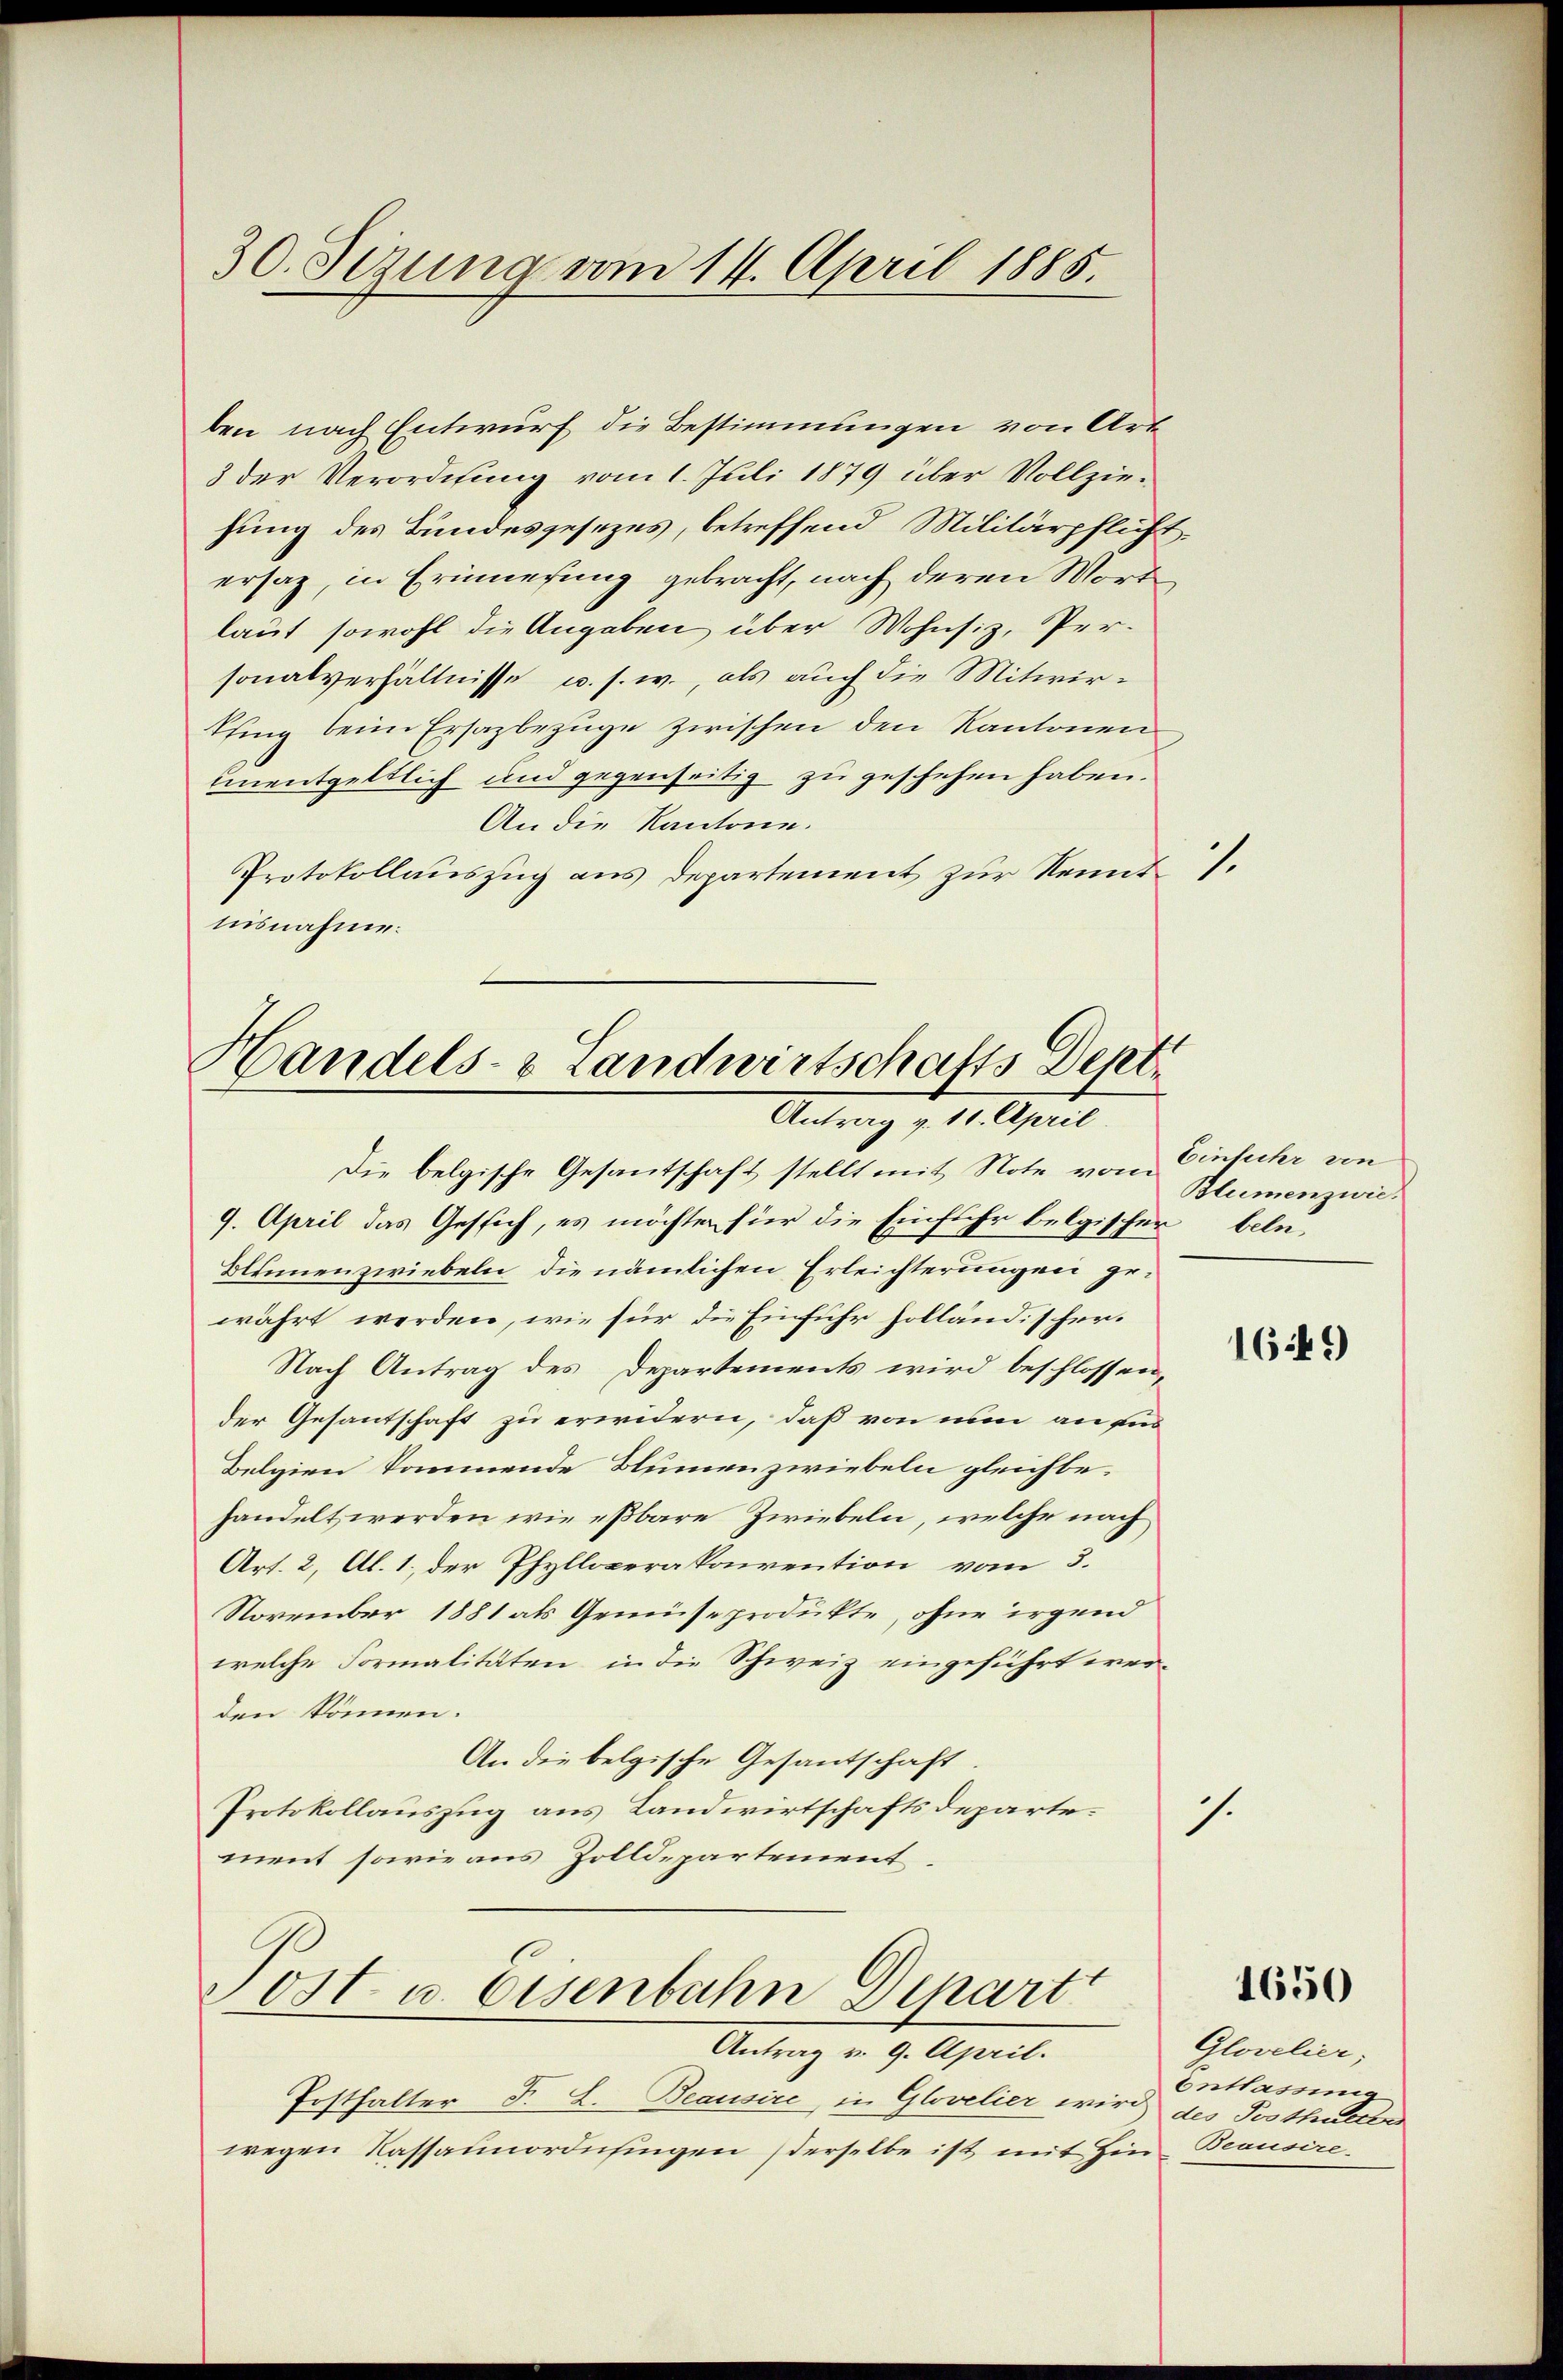
30. Sizung vom 14. April 1885.

ben nach Entwurf die Bestimmungen von Art
3 der Verordnung vom 1. Juli 1879 über Vollziehung des Bundesgesezes, betreffend Militärpflicht.
ersaz, in Erinnerung gebracht, nach deren Wort
laut sowohl die Angaben über Wohnsiz, Per-
sonalverhältnisse u. s. w., als auch die Mitwir¬
Pfing beim Ersazbezuge zwischen den Kantonen
unentgeltlich und gegenseitig zu geschehen haben.
An die Kantone.
Protokollauszug aus Departement zur Kennt.
lusnahme.

Handels- & Landwirtschafts Dept.
Antrag v. 11. April.

Die belgische Gesantschaft stellt mit Note von Einfuhr von
9. April das Gesich, es möchte für die Einfuhr belgischer beln-
Blumenzwiebeln, die nämlichen Erleichterungen gewährt werden, wie für die Einfuhr holländischer.
Nach Antrag des Departements wird beschlossen,
der Gesantschaft zu erwidern, daß von nun an ein
Belgien kommende Blumen zwiebeln gleichbehandelt werden wie eßbare Zwiebeln, welche nach
Art. 2, Al. 1, der Phylloperakorention vom 5.
November 1881 als Gemüseprodukte, ohne irgend
welche Formalitäten, in die Schweiz eingeführt werden können.
An die belgische Gesantschaft.
Protokollauszug aus Landwirtschaftsdeparte.
ment sowie aus Zolldepartement,

Posthalter F. L. Beausire, in Glovelier wird des Pesthalter
wegen Kassanordnfingen derselbe ist mit Hin Beausire¬

Post u. Eisenbahn Depart
Antrag v. 9. April.

Blumenzwie.

.

1649

1650

Glovelier,
Entlassung